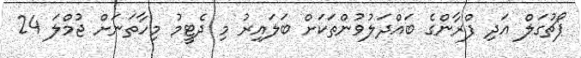
ޕޯޗުގަލް އަދި ފްރާންގެ ބައްދަލުވުންތަކަށް ބަލައިރު މި ދެޓީމު މިހާތަނަށް ޖުމްލަ 24